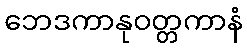
ဘေဒကာနုဝတ္တကာနံ